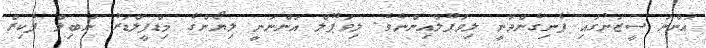
އަންނަ ސީޒަނުގައި ފެނިގެންދާނީ ލިވަޕޫލްއިންނެވެ. ލިވަޕޫލް އަންނަނީ ލިޔޯންގެ މިޑްފީލްޑަރު ނަބިލް ފެކިރް